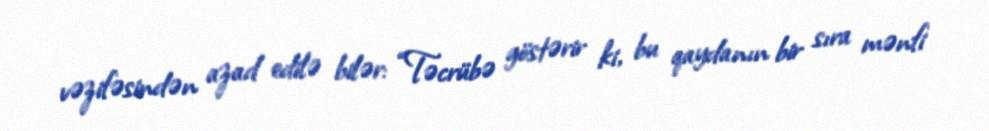
vəzifəsindən azad edilə bilər: “Təcrübə göstərir ki, bu qaydanın bir sıra mənfi